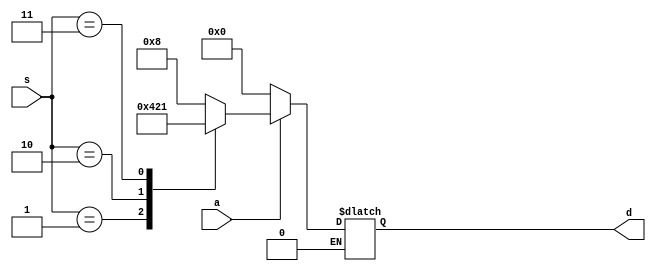
`timescale 1ns / 1ps
//////////////////////////////////////////////////////////////////////////////////
// Company: 
// Engineer: 
// 
// Design Name: 
// Module Name: demux
// Project Name: 
// Target Devices: 
// Tool Versions: 
// Description: 
// 
// Dependencies: 
// 
// Revision:
// Revision 0.01 - File Created
// Additional Comments:
// 
//////////////////////////////////////////////////////////////////////////////////


module demux(a,s,d);
input a;
input [1:0] s;
output [3:0] d;
reg [3:0] d;
always @(a or s)
begin
if(a==1)
begin
case(s)
2'b00:d=4'b1000;
2'b01:d=4'b0100;
2'b10:d=4'b0010;
2'b11:d=4'b0001;
endcase
end else if(a==0)
d=0;
end
endmodule